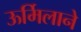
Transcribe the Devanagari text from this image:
ऊर्मिलाने